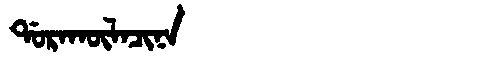
Manchu: ᡩᠣᡵᠠᡴᡡᠯᠠᠴᡳᠨᠠ
Romanization: DORAKŪLACINA